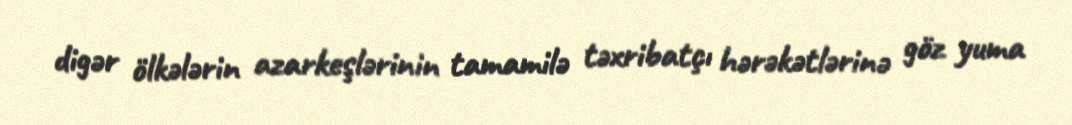
digər ölkələrin azarkeşlərinin tamamilə təxribatçı hərəkətlərinə göz yuma